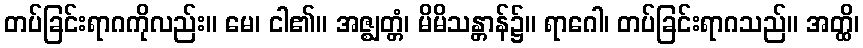
တပ်ခြင်းရာဂကိုလည်း။ မေ၊ ငါ၏။ အဇ္ဈတ္တံ၊ မိမိသန္တာန်၌။ ရာဂေါ၊ တပ်ခြင်းရာဂသည်။ အတ္ထိ၊